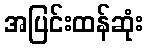
အပြင်းထန်ဆုံး